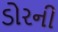
ડોરની